Sketch of the medical history of the native army of Bombay, for the year
Year: 1876
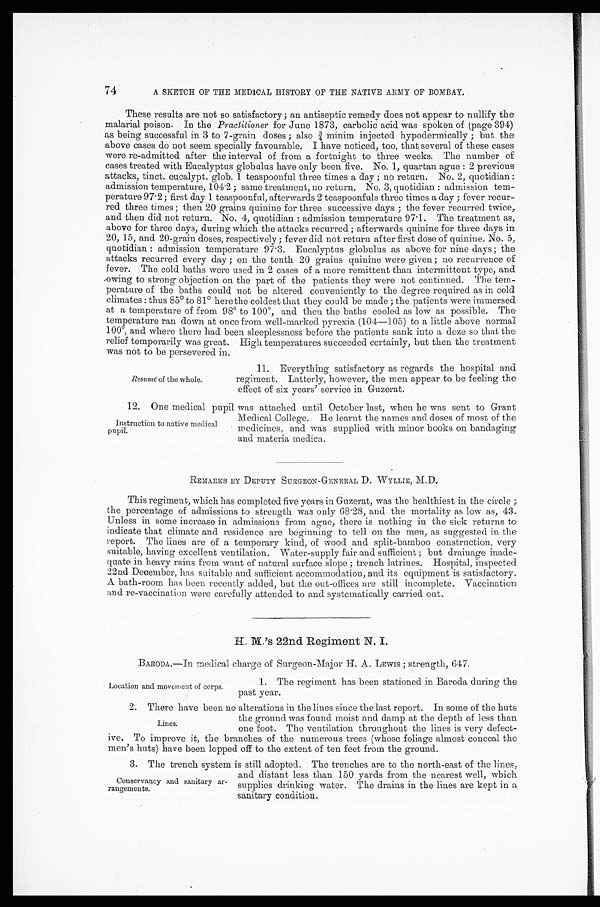
74
A SKETCH OF THE MEDICAL HISTORY OF THE NATIVE ARMY OF BOMBAY.
These results are not so satisfactory; an antiseptic remedy does not appear to nullify the
malarial poison. In the Practitioner for June 1873, carbolic acid was spoken of (page 394)
as being successful in 3 to 7-grain doses; also 3/4 minim injected hypodermically; but the
above cases do not seem specially favourable. I have noticed, too, that several of these cases
were re-admitted after the interval of from a fortnight to three weeks. The number of
cases treated with Eucalyptus globalus have only been five. No. 1, quartan ague: 2 previous
attacks, tinct. eucalypt. glob. 1 teaspoonful three times a day; no return. No. 2, quotidian:
admission temperature, 104.2; same treatment, no return. No. 3, quotidian: admission tem-
perature 97.2; first day 1 teaspoonful, afterwards 2 teaspoonfuls three times a day; fever recur
-red three times; then 20 grains quinine for three successive days ; the fever recurred twice,
and then did not return. No. 4, quotidian: admission temperature 97.1. The treatment as,
above for three days, during which the attacks recurred; afterwards quinine for three days in
20, 15, and 20-grain doses, respectively; fever did not return after first dose of quinine. No. 5,
quotidian: admission temperature 97.3. Eucalyptus globulus as above for nine days; the
attacks recurred every day; on the tenth 20 grains quinine were given; no recurrence of
fever. The cold baths were used in 2 cases of a more remittent than intermittent type, and
owing to strong objection on the part of the patients they were not continued. The tem
-perature of the baths could not be altered conveniently to the degree required as in cold
climates: thus 85° to 81° here the coldest that they could be made; the patients were immersed
at a temperature of from 98° to 100°, and then the baths cooled as low as possible. The
temperature ran down at once from well-marked pyrexia (104—105) to a little above normal
100°, and where there had been sleeplessness before the patients sank into a doze so that the
relief temporarily was great. High temperatures succeeded certainly, but then the treatment
was not to be persevered in.
Resvmé of the whole.
11. Everything satisfactory as regards the hospital and
regiment. Latterly, however, the men appear to be feeling the.
effect of six years' service in Guzerat.
12. One medical pupil was attached until October last, when he was sent to Grant
Medical College. He learnt the names and doses of most of the
medicines, and was supplied with minor books on bandaging
and materia medica.
REMARKS BY DEPUTY SURGEON-GENERAL D. WYLLIE, M.D.
This regiment, which has completed five years in Guzerat, was the healthiest in the circle;
the percentage of admissions to strength was only 68.28, and the mortality as low as, 43.
Unless in some increase in admissions from ague, there is nothing in the sick returns to
indicate that climate and residence are beginning to tell on the men, as suggested in the
report. The lines are of a temporary kind, of wood and split-bamboo construction, very
suitable, having excellent ventilation. Water-supply -fair and sufficient; but drainage inade
quate in heavy rains from want of natural surface slope; trench latrines. Hospital, inspected
22nd December, has suitable and sufficient accommodation, and its equipment is satisfactory.
A bath-room has been recently added, but the out-offices are still incomplete. Vaccination
and re-vaccination were carefully attended to and systematically carried out.
H. M.'s 22nd. Regiment N. I.
BARODA.—In medical charge of Surgeon-Major H. A. LEWIS; strength, 647.
Instruction to native medical
pupil.
1. The regiment has been stationed in Baroda during the
past year.
Location and movement of corps.
2. There have been no alterations in the lines since the last report. In some of the huts
the ground was found moist and damp at the depth of less than
one foot. The ventilation throughout the lines is very defect-
ive. To improve it, the branches of the numerous trees (whose foliage almost conceal the
men's huts) have been lopped off to the extent of ten feet from the ground.
3 . T h e t r e n c h s y s t e m i s s t i l l a d o p t e d . T h e t r e n c h e s a r e t o t h e n o r t h - e a s t o f t h e l i n e s ,
and distant less than 150 yards from the nearest well, which
supplies drinking water. The drains in the lines are kept in a
sanitary condition.
Lines.
Conservancy and sanitary ar-
rangements.